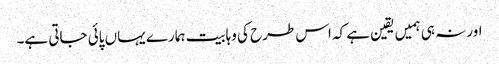
اور نہ ہی ہمیں یقین ہے کہ اس طرح کی وہابیت ہمارے یہاں پائی جاتی ہے۔